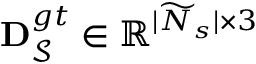
\mathbf { D } _ { \mathcal { S } } ^ { g t } \in \mathbb { R } ^ { | \widetilde { N } _ { s } | \times 3 }